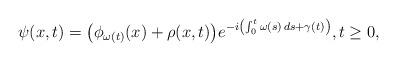
LaTeX: \begin{align*}\psi(x, t)=\big(\phi\sb{\omega(t)}(x)+\rho(x,t)\big)e^{-i\left(\int_0^t\omega(s)\,ds+\gamma(t)\right)},t\ge 0,\end{align*}